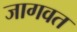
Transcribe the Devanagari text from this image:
जागवत